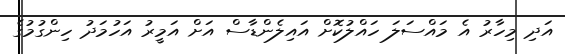
އަދި މިހާރު އެ މައްސަލަ ހައްލުކޮށް އައިލެންޑާސް އަށް އަމީރު އަހުމަދު ހިންގުމުގެ